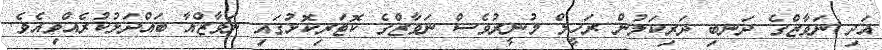
އަދި ނަވާޒްގެ ދަނބި ދަރިކަލުން ރަހީލް މުނީރުވެސް ނަވާޒްގެ ކޮޓަރިކޮޅުގައި ނަވާޒްއާ ބައްދަލުކުރެއްވިއެވެ.